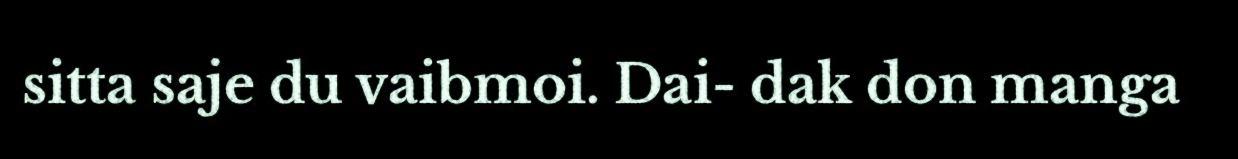
sitta saje du vaibmoi. Dai- dak don manga